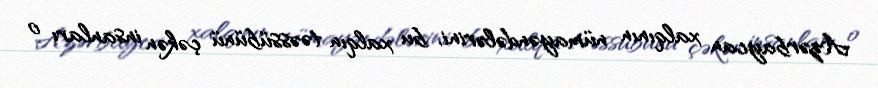
Azərbaycan xalqının nümayəndələrini, bu xalqın təəssübünü çəkən insanları o